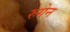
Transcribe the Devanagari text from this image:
रुगेन